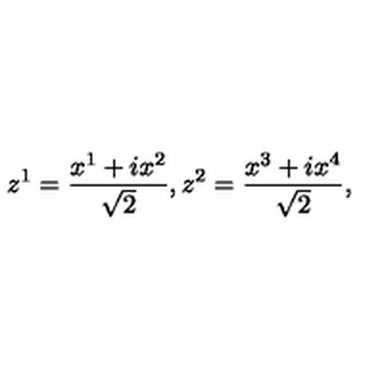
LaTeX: z ^ { 1 } = { \frac { x ^ { 1 } + i x ^ { 2 } } { \sqrt { 2 } } } , z ^ { 2 } = { \frac { x ^ { 3 } + i x ^ { 4 } } { \sqrt { 2 } } } ,